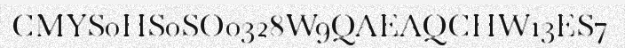
CMYS0HS0SO0328W9QAEAQCHW13ES7